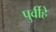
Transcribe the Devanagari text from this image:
पुर्वीहे